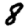
Digit: 8